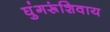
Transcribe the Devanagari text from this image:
घुंगरूंशिवाय